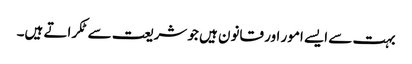
بہت سے ایسے امور اور قانون ہیں جو شریعت سے ٹکراتے ہیں۔